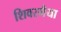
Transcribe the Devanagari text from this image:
शिवरमैया